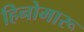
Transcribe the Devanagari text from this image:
हिनोमारू